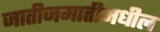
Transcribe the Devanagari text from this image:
जातीजमातीमधील